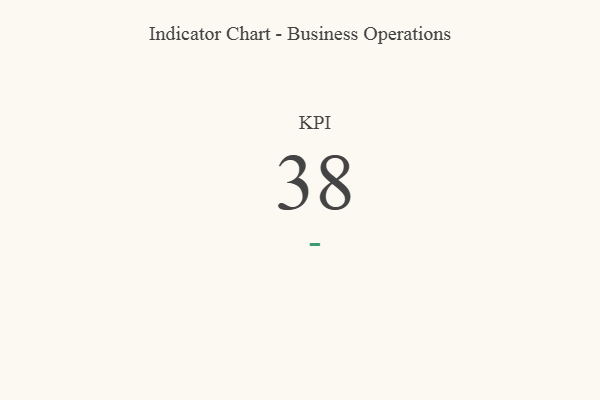
{"axis": {"x": "KPI", "y": "Value"}, "legend": [""], "data": [{"x": "KPI", "y": 38, "type": ""}]}